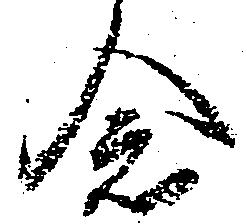
念